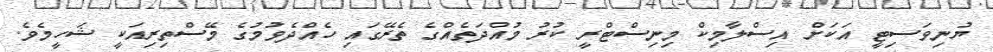
ޔުނިވަސިޓީ އަކަށް އިސްލާމިކް މިނިސްޓްރީ ކުރު މުއްދަތެއްގެ ތެރޭގައި ހެއްދެވުމުގެ މޭސްތިރިއަކީ ޝަހީމެވެ.